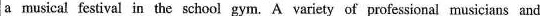
a musical festival in the school gym. A variety of professional musicians and